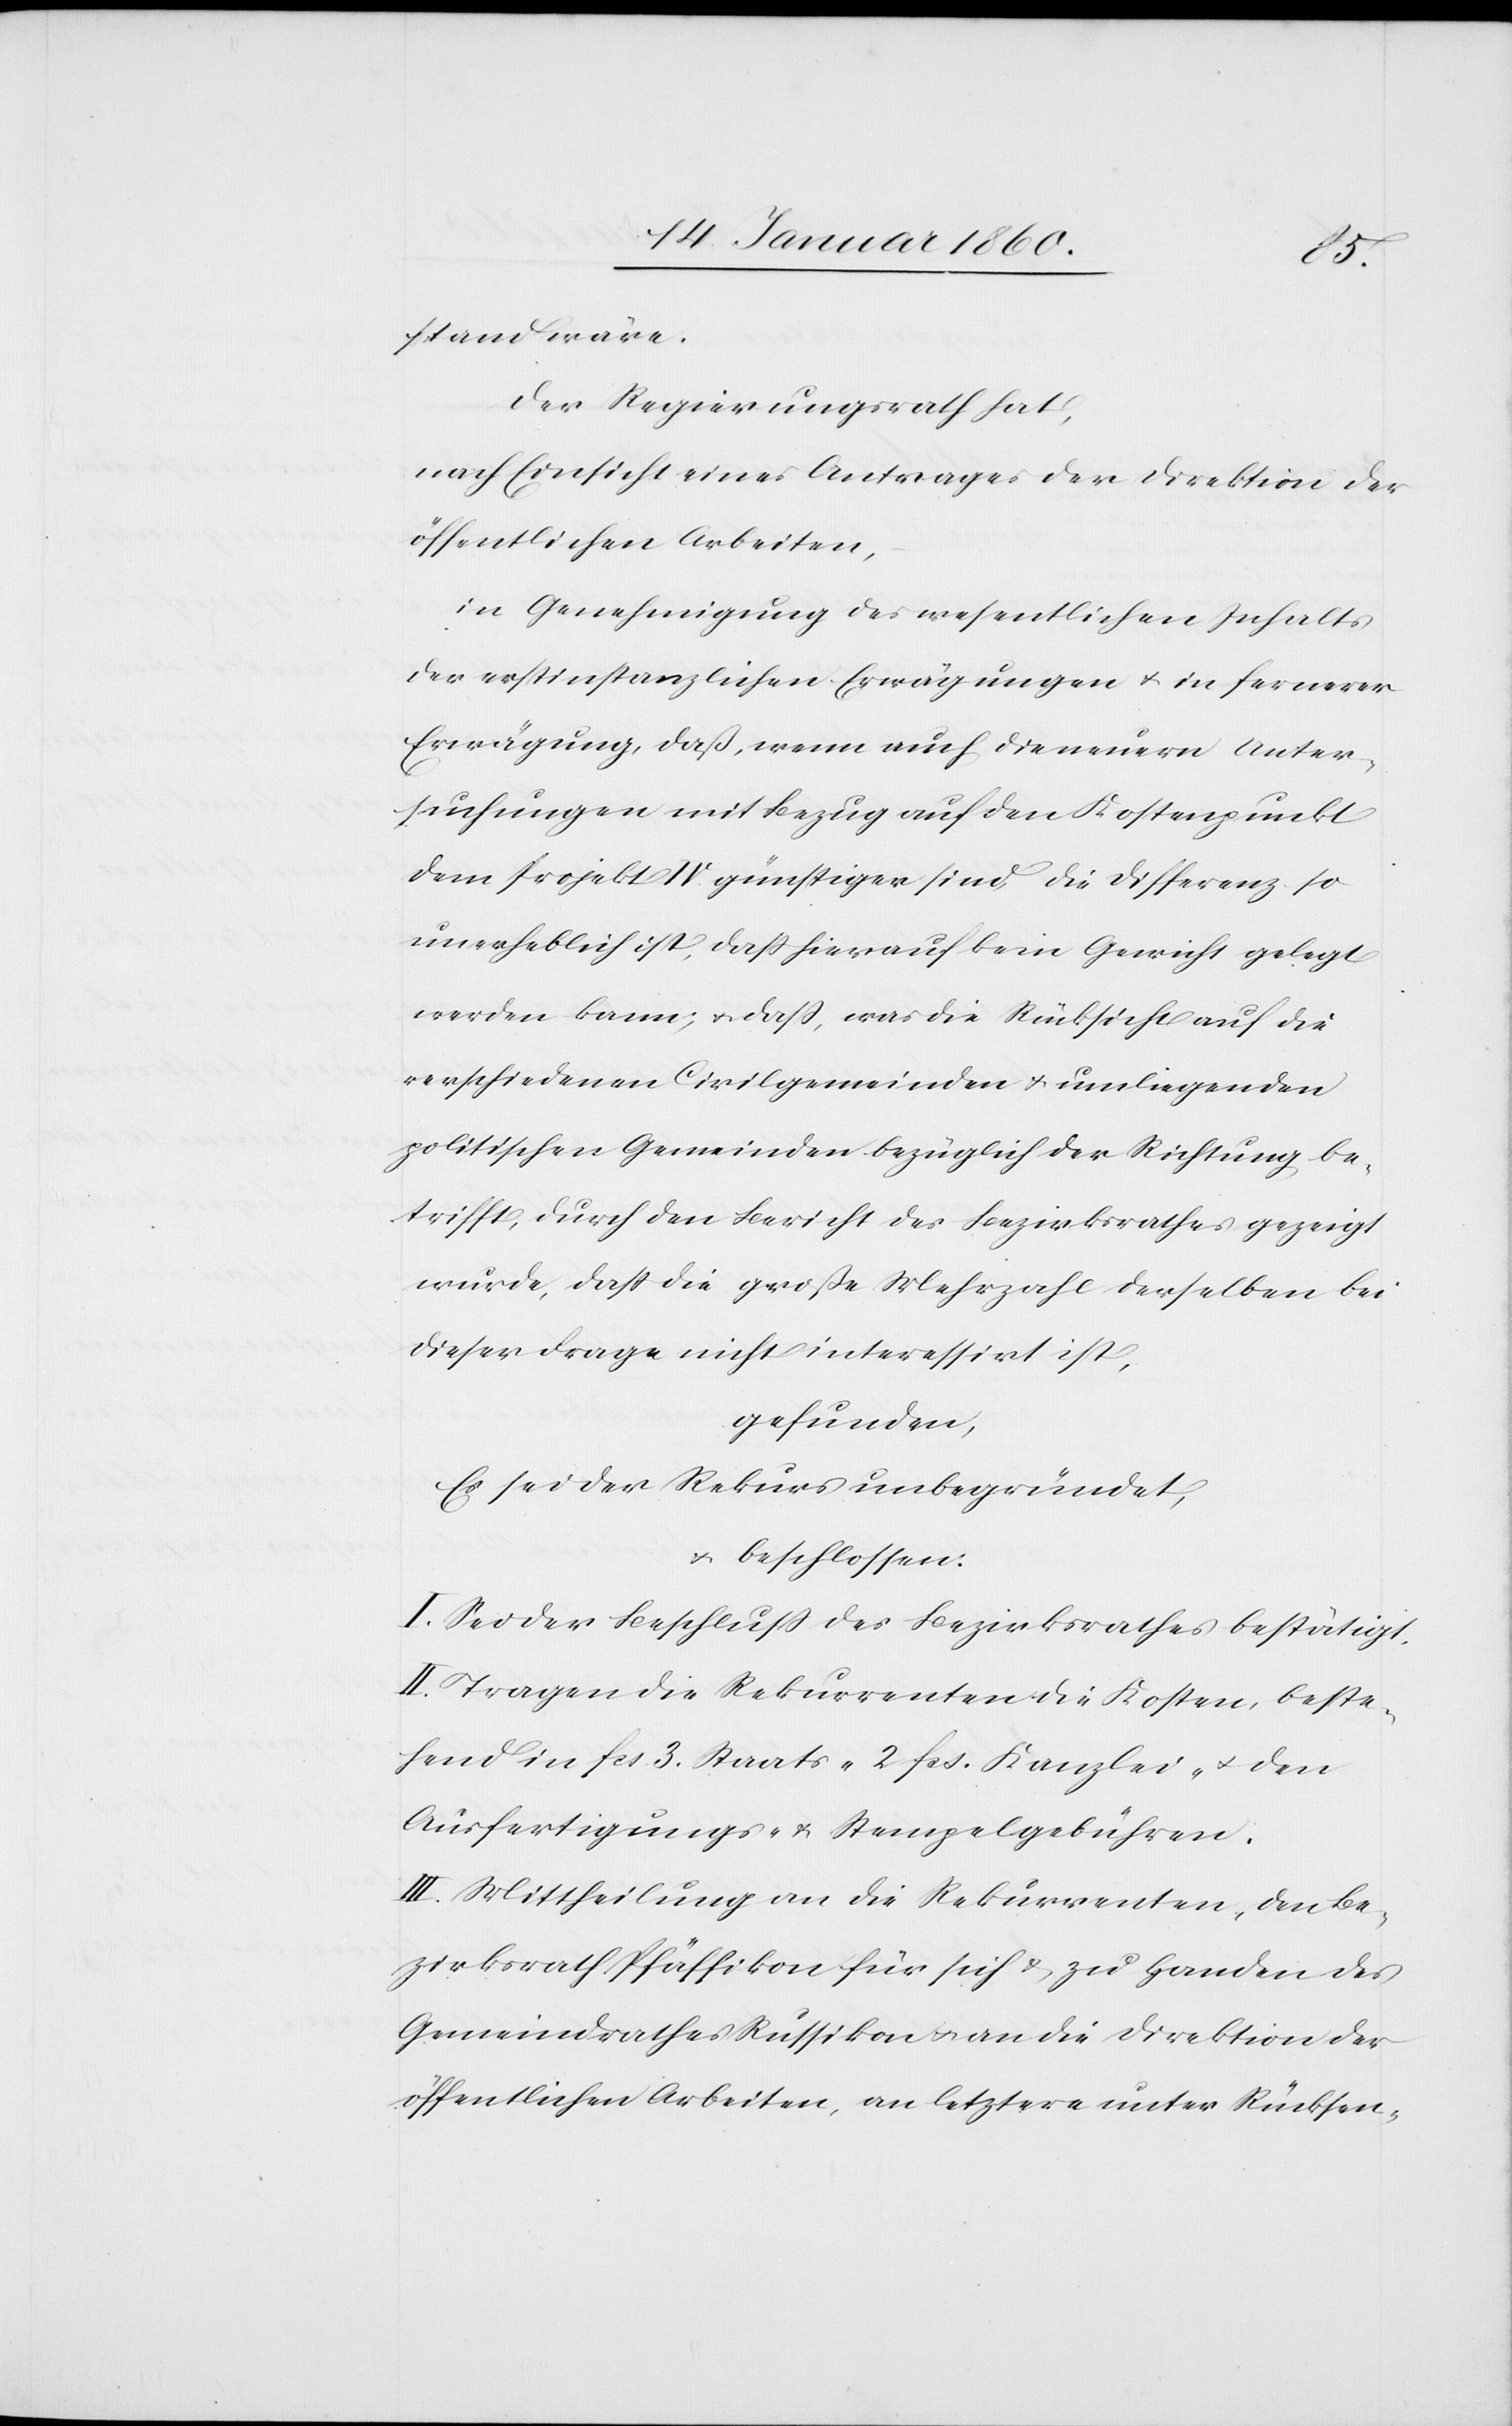
stand wäre.
Der Regierungsrath hat,
Nach Einsicht eines Antrages der Direktion der
öffentlichen Arbeiten,
in Genehmigung des wesentlichen Inhalts
der erstinstanzlichen Erwägungen u. in fernerer
Erwägung, daß, wenn auch die neuern Unter¬
suchungen mit Bezug auf den Kostenpunkt
dem Projekt IV. günstiger sind, die Differenz so
unerheblich ist, daß hierauf kein Gewicht gelegt
werden kann, u. daß, was die Rücksicht auf die
verschiedenen Civilgemeinden u. umliegenden
politischen Gemeinden bezüglich der Richtung be¬
trifft, durch den Bericht des Bezirksrathes gezeigt
wurde, daß die große Mehrzahl derselben bei
dieser Frage nicht interessirt ist,
gefunden,
Es sei der Rekurs unbegründet,
u. beschlossen:
I. Sei der Beschluß des Bezirksrathes bestätigt.
II. Tragen die Rekurrenten die Kosten, beste¬
hend in fcs. 3. Staats- 2. fcs. Kanzlei- u. den
Ausfertigungs- u. Stempelgebühren.
III. Mittheilung an die Rekurrenten, den Be¬
zirksrath Pfäffikon für sich u. zu Handen des
Gemeindrathes Russikon u. an die Direktion der
öffentlichen Arbeiten, an letztere unter Rücksen-